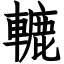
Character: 轆